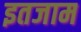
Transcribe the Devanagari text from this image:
इतजाम